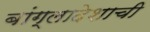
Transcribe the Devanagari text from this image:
बांग्लादेशाची